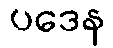
ပဒေန